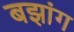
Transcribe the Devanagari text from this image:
बझांग